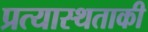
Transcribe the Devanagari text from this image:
प्रत्यास्थताकी